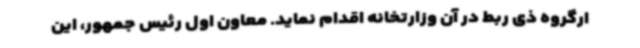
ارگروه ذی ربط در آن وزارتخانه اقدام نماید. معاون اول رئیس جمهور، این